Annual report on the lock hospitals of the Madras Presidency
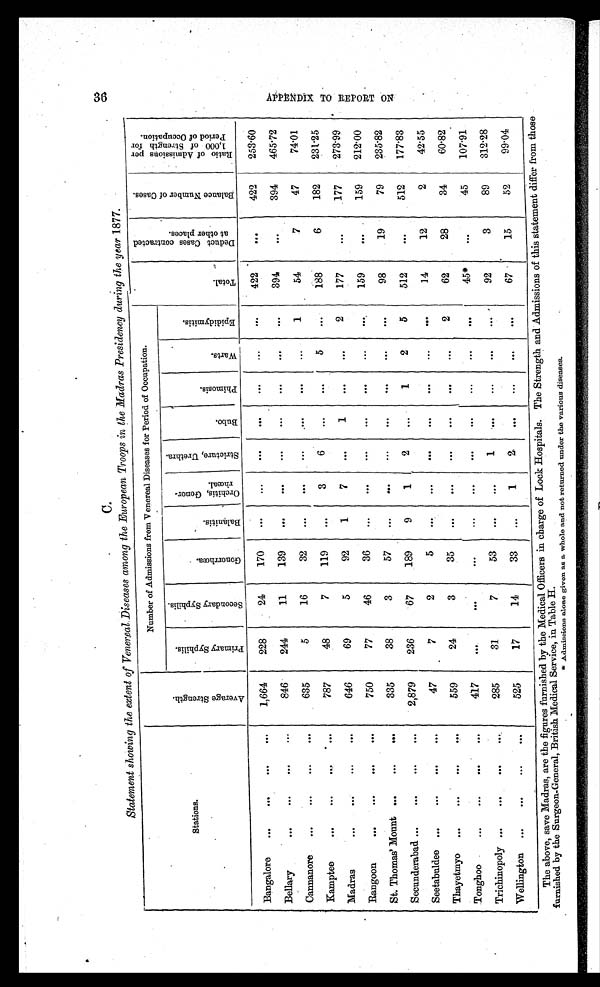
C.
Statement showing the extent of Venereal. Diseases among the European Troops in the Madras Presidency during the year 1877.
Number of Admissions from Venereal Diseases for Period of Occupation.
T o t a l .
D e d u c t C a s e s c o n t r a c t e d a t o t h e r p l a c e s .
B l a n c e N u m b e r o f C a s e s .
R a t i o o f A d m i s s i o n s p e r 1 , 0 0 0 o f s t r e n g t h f o r P e r i o d o f o c c u p a t i o n .
Stations
.
A v e r a g e S t r e n g t h .
P r i m a r y S y p h i l l i s .
S e c o n d a r y S y p h i l l i s . G o n o r r h œ a .
B a l a n i t i s .
O r c h i t i s , G o n o r r h œ a l .
S t r i c t u r e , U r e t h r a .
B u b o .
P h i m o s i s .
W a r t s .
E p i d i d y m i t i s .
Bangalore
...
...
...
. . .
1,664
228
24
170
. . .
. . . . . .
. . .
. . .
...
. . .
422
. . .
422
253·60
Bellary
...
...
...
...
846
244
1 1 139
. . .
. . .
...
. . .
. . .
. . .
. . .
394
. . . 394
465·72
Cannanore ...
...
...
...
635
5
16
32
...
...
. . .
. . .
...
...
1
54
7
47
74·01
Kamptee
...
...
...
787
48
7
119
...
3
6
. . .
...
5
. . .
188
6
182
231·25
Madras
...
...
...
...
646
69
5
92
1
7
...
1
. . .
. . .
2
177
. . . 177
273·99
Rangoon
...
...
...
. . .
750
77
46
36
. . .
. . .
. . .
. . .
. . .
. . .
...
159
. . . 159
212·00
St. Thomas' Mount...
...
...
335
38
3
57
. . .
. . .
. . .
. . .
. . .
. . .
...
98
19
79
235·82
Secunderabad...
...
...
...
2,879
236
67
189
9
1
2
. . .
1
2
5
512
...
512
177·83
Seetabuldee ...
...
...
...
47
7
2
5
. . .
. . .
. . .
. . .
. . .
...
. . .
14
12
2
42·55
Thayetmyo ...
...
...
...
559
24
3
35
...
...
. . .
. . .
. . .
. . .
2
62
28
34
60·82
Tonghoo
...
...
...
. . .
417
. . .
. . .
. . . ...
. . .
. . .
. . .
. . .
. . .
. . .
45*
...
45
107·91
Trichinopoly ...
...
...
. . .
285
31
7
53
. . .
. . .
1
. . . ...
. . .
. . .
92
3
89
312·28
Wellington ...
...
...
...
525
17
14
33
...
1
2
. . .
. . .
. . .
. . .
67
15
52
99·04
The above, save Madras, are the figures furnished by the Medical Officers in charge of Lock Hospitals. The Strength and Admissions of this statement differ from those
furnished by the Surgeon-General, British Medical Service, in Table H.
* Admissions alone given as a whole and not returned under the various diseases.
A P P E N D I X T O R E P O R T N O